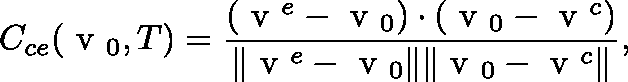
C _ { c e } ( \mathrm { \boldmath ~ v ~ } _ { 0 } , T ) = \frac { ( \mathrm { \boldmath ~ v ~ } ^ { e } - \mathrm { \boldmath ~ v ~ } _ { 0 } ) \cdot ( \mathrm { \boldmath ~ v ~ } _ { 0 } - \mathrm { \boldmath ~ v ~ } ^ { c } ) } { \| \mathrm { \boldmath ~ v ~ } ^ { e } - \mathrm { \boldmath ~ v ~ } _ { 0 } \| \| \mathrm { \boldmath ~ v ~ } _ { 0 } - \mathrm { \boldmath ~ v ~ } ^ { c } \| } ,